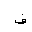
Letter: _fa